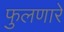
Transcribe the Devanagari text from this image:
फुलणारे